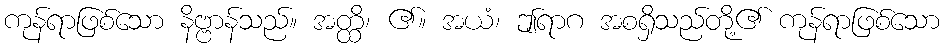
ကုန်ရာဖြစ်သော နိဗ္ဗာန်သည်။ အတ္ထိ၊ ၏။ အယံ၊ ဤရာဂ အစရှိသည်တို့၏ ကုန်ရာဖြစ်သော